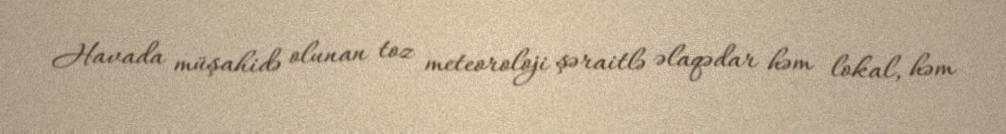
Havada müşahidə olunan toz meteoroloji şəraitlə əlaqədar həm lokal, həm